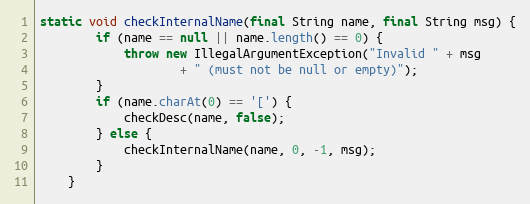
Language: Java
static void checkInternalName(final String name, final String msg) {
        if (name == null || name.length() == 0) {
            throw new IllegalArgumentException("Invalid " + msg
                    + " (must not be null or empty)");
        }
        if (name.charAt(0) == '[') {
            checkDesc(name, false);
        } else {
            checkInternalName(name, 0, -1, msg);
        }
    }